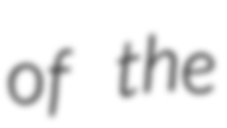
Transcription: of the